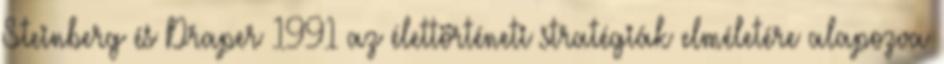
Steinberg és Draper 1991 az élettörténeti stratégiák elméletére alapozva